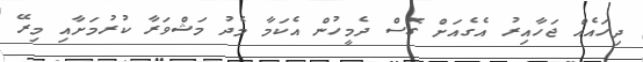
ދިހައެއް ޖަހާއިރު އެގެއަށް ގޮސް ދެމީހުން އެކަމާ މެދު މަޝްވަރާ ކުރުމަށާއި މިރޭ